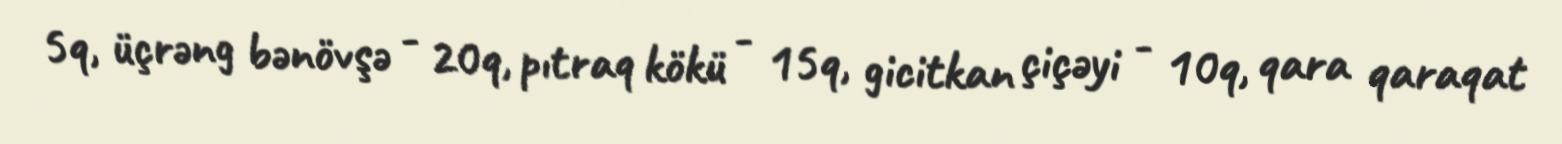
5q, üçrəng bənövşə - 20q, pıtraq kökü - 15q, gicitkan çiçəyi - 10q, qara qaraqat